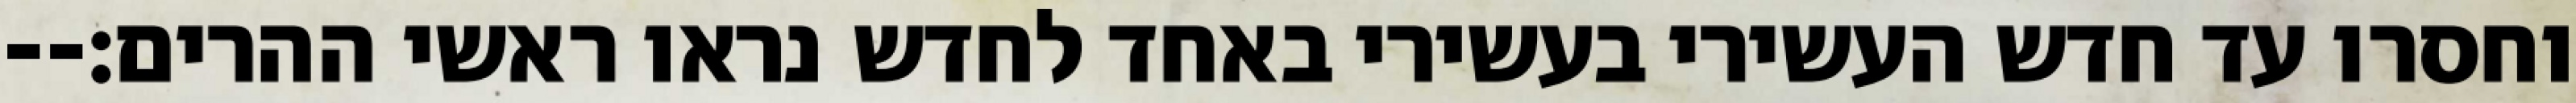
וחסרו עד חדש העשירי בעשירי באחד לחדש נראו ראשי ההרים׃--